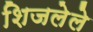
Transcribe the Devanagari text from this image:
शिजलेले